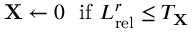
\mathbf { X } \leftarrow 0 \ \ \mathrm { i f } \ L _ { \mathrm { r e l } } ^ { r } \leq T _ { \mathbf { X } }